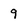
Character: 9